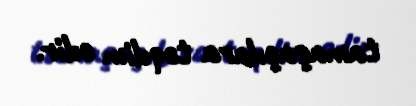
tamaşaçılara təqdim edir.